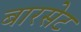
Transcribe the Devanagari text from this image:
बारसेट